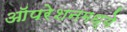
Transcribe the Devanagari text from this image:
ऑपरेशनमध्ये